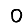
Digit: 0